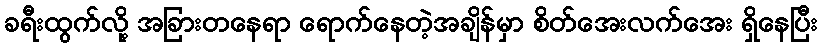
ခရီးထွက်လို့ အခြားတနေရာ ရောက်နေတဲ့အချိန်မှာ စိတ်အေးလက်အေး ရှိနေပြီး